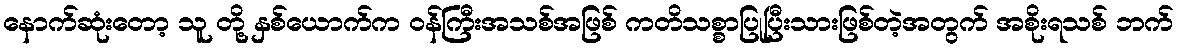
နောက်ဆုံးတော့ သူ တို့ နှစ်ယောက်က ဝန်ကြီးအသစ်အဖြစ် ကတိသစ္စာပြုပြီးသားဖြစ်တဲ့အတွက် အစိုးရသစ် ဘက်